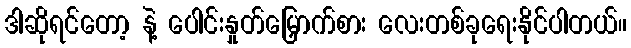
ဒါဆိုရင်တော့ နဲ့ ပေါင်းနှုတ်မြှောက်စား လေးတစ်ခုရေးနိုင်ပါတယ်။